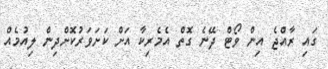
ގައި ރާއްޖެ އިން ވޯޓް ދޭނެ ގޮތް އެމެރިކާ އަށް ކަށަވަރުކޮށްދިން ލިއުމެއް